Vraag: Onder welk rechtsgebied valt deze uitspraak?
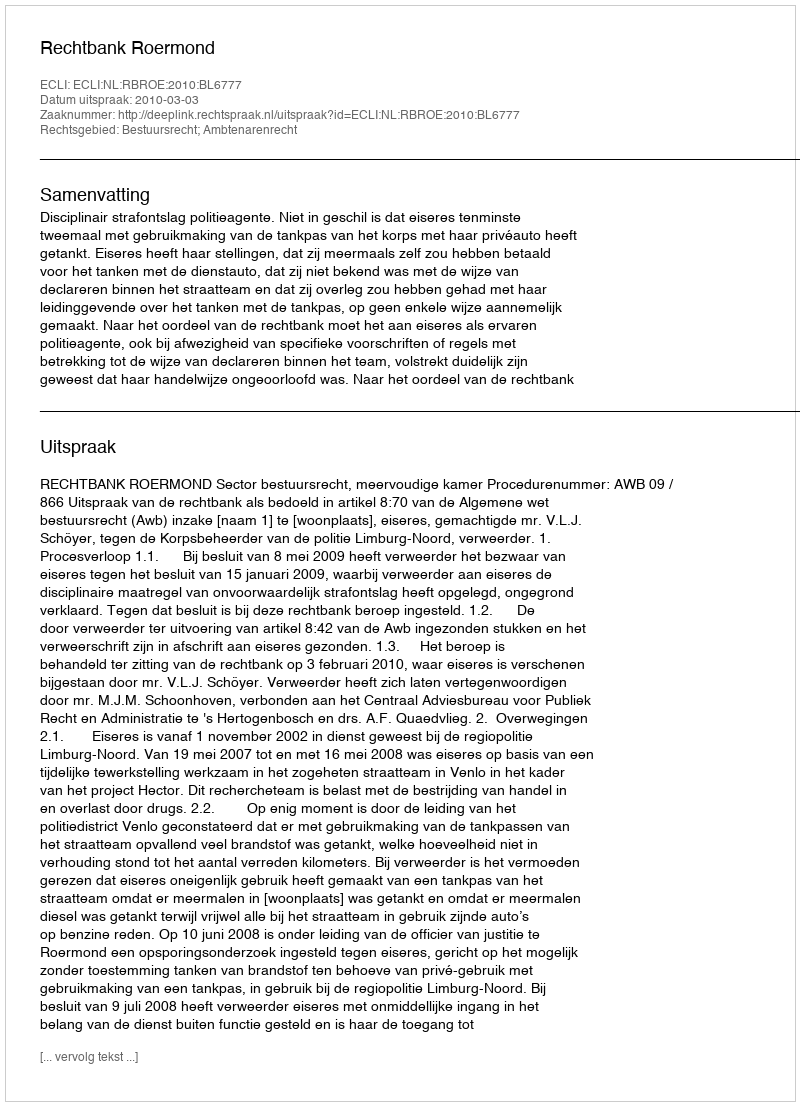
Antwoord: Bestuursrecht; Ambtenarenrecht